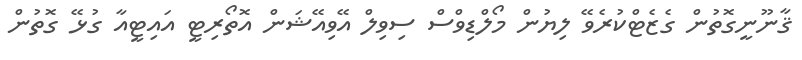
ޤާނޫނީގޮތުން ގެޒެޓްކުރެވޭ ލިޔުން މޯލްޑިވްސް ސިވިލް އޭވިއޭޝަން އޮތޯރިޓީ އައިޓީއާ ގުޅޭ ގޮތުން